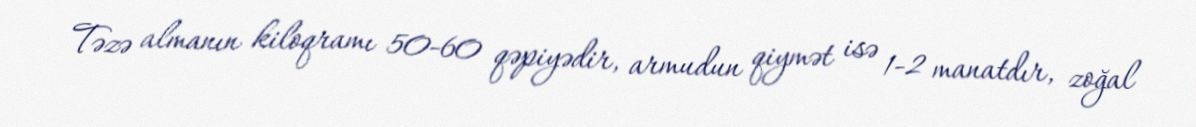
Təzə almanın kiloqramı 50-60 qəpiyədir, armudun qiymət isə 1-2 manatdır, zoğal